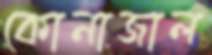
কোনাজাল